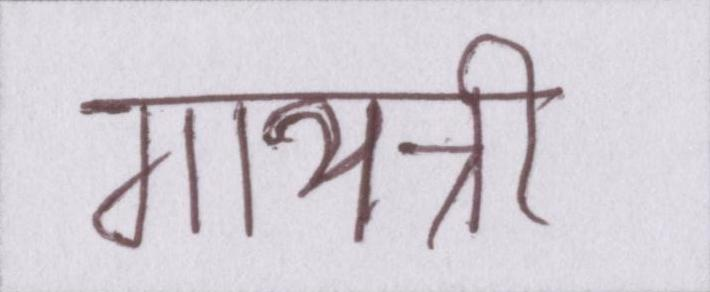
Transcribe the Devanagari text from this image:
गायत्री